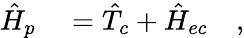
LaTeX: \begin{array}{rl}{\hat{H}_{p}}&{{}=\hat{T}_{c}+\hat{H}_{ec}\quad,}\end{array}